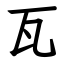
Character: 瓦